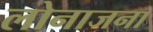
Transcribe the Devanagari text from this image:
लोनाजना